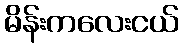
မိန်းကလေးငယ်